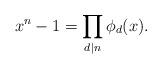
LaTeX: \begin{align*}x^n-1=\prod_{d|n}\phi_d(x).\end{align*}